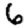
Digit: 6